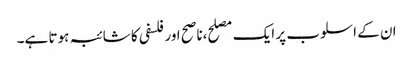
ان کے اسلوب پر ایک مصلح،ناصح اور فلسفی کا شائبہ ہوتا ہے۔